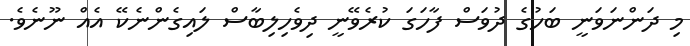
މި ދަންނަވަނީ ބަހުގެ ދުވަސް ފާހަގަ ކުރެވޭނީ ދިވެހިލިބާސް ލައިގެންނެކޭ އެއް ނޫނެވެ.